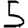
Digit: 5